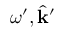
\omega ^ { \prime } , \hat { \mathbf { k } } ^ { \prime }